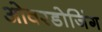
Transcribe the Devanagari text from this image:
ओवरडोजिंग